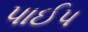
પાઈપ